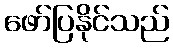
ဖော်ပြနိုင်သည်